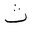
Letter: _tha